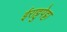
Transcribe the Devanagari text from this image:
ईराट्टुपेट्टा